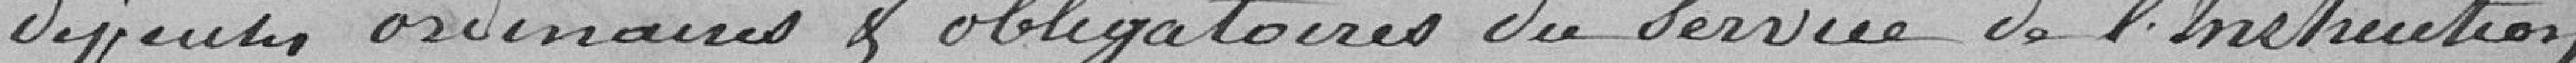
Dépenses ordinaires et obligatoires du Service de L'Instruction